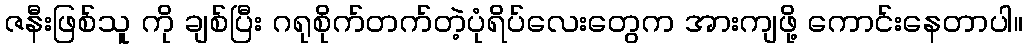
ဇနီးဖြစ်သူ ကို ချစ်ပြီး ဂရုစိုက်တက်တဲ့ပုံရိပ်လေးတွေက အားကျဖို့ ကောင်းနေတာပါ။